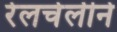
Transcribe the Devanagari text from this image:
रेलचेलीने